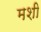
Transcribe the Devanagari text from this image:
मशी